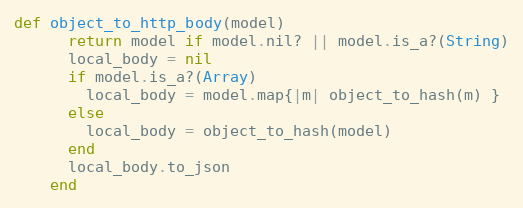
Language: Ruby
def object_to_http_body(model)
      return model if model.nil? || model.is_a?(String)
      local_body = nil
      if model.is_a?(Array)
        local_body = model.map{|m| object_to_hash(m) }
      else
        local_body = object_to_hash(model)
      end
      local_body.to_json
    end